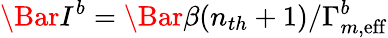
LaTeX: \Bar{I}^{b}=\Bar{\beta}(n_{th}+1)/\Gamma_{m,\mathrm{eff}}^{b}